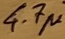
Text: 4.7µ